Leningradi_Edasi_toimetus, lk 11
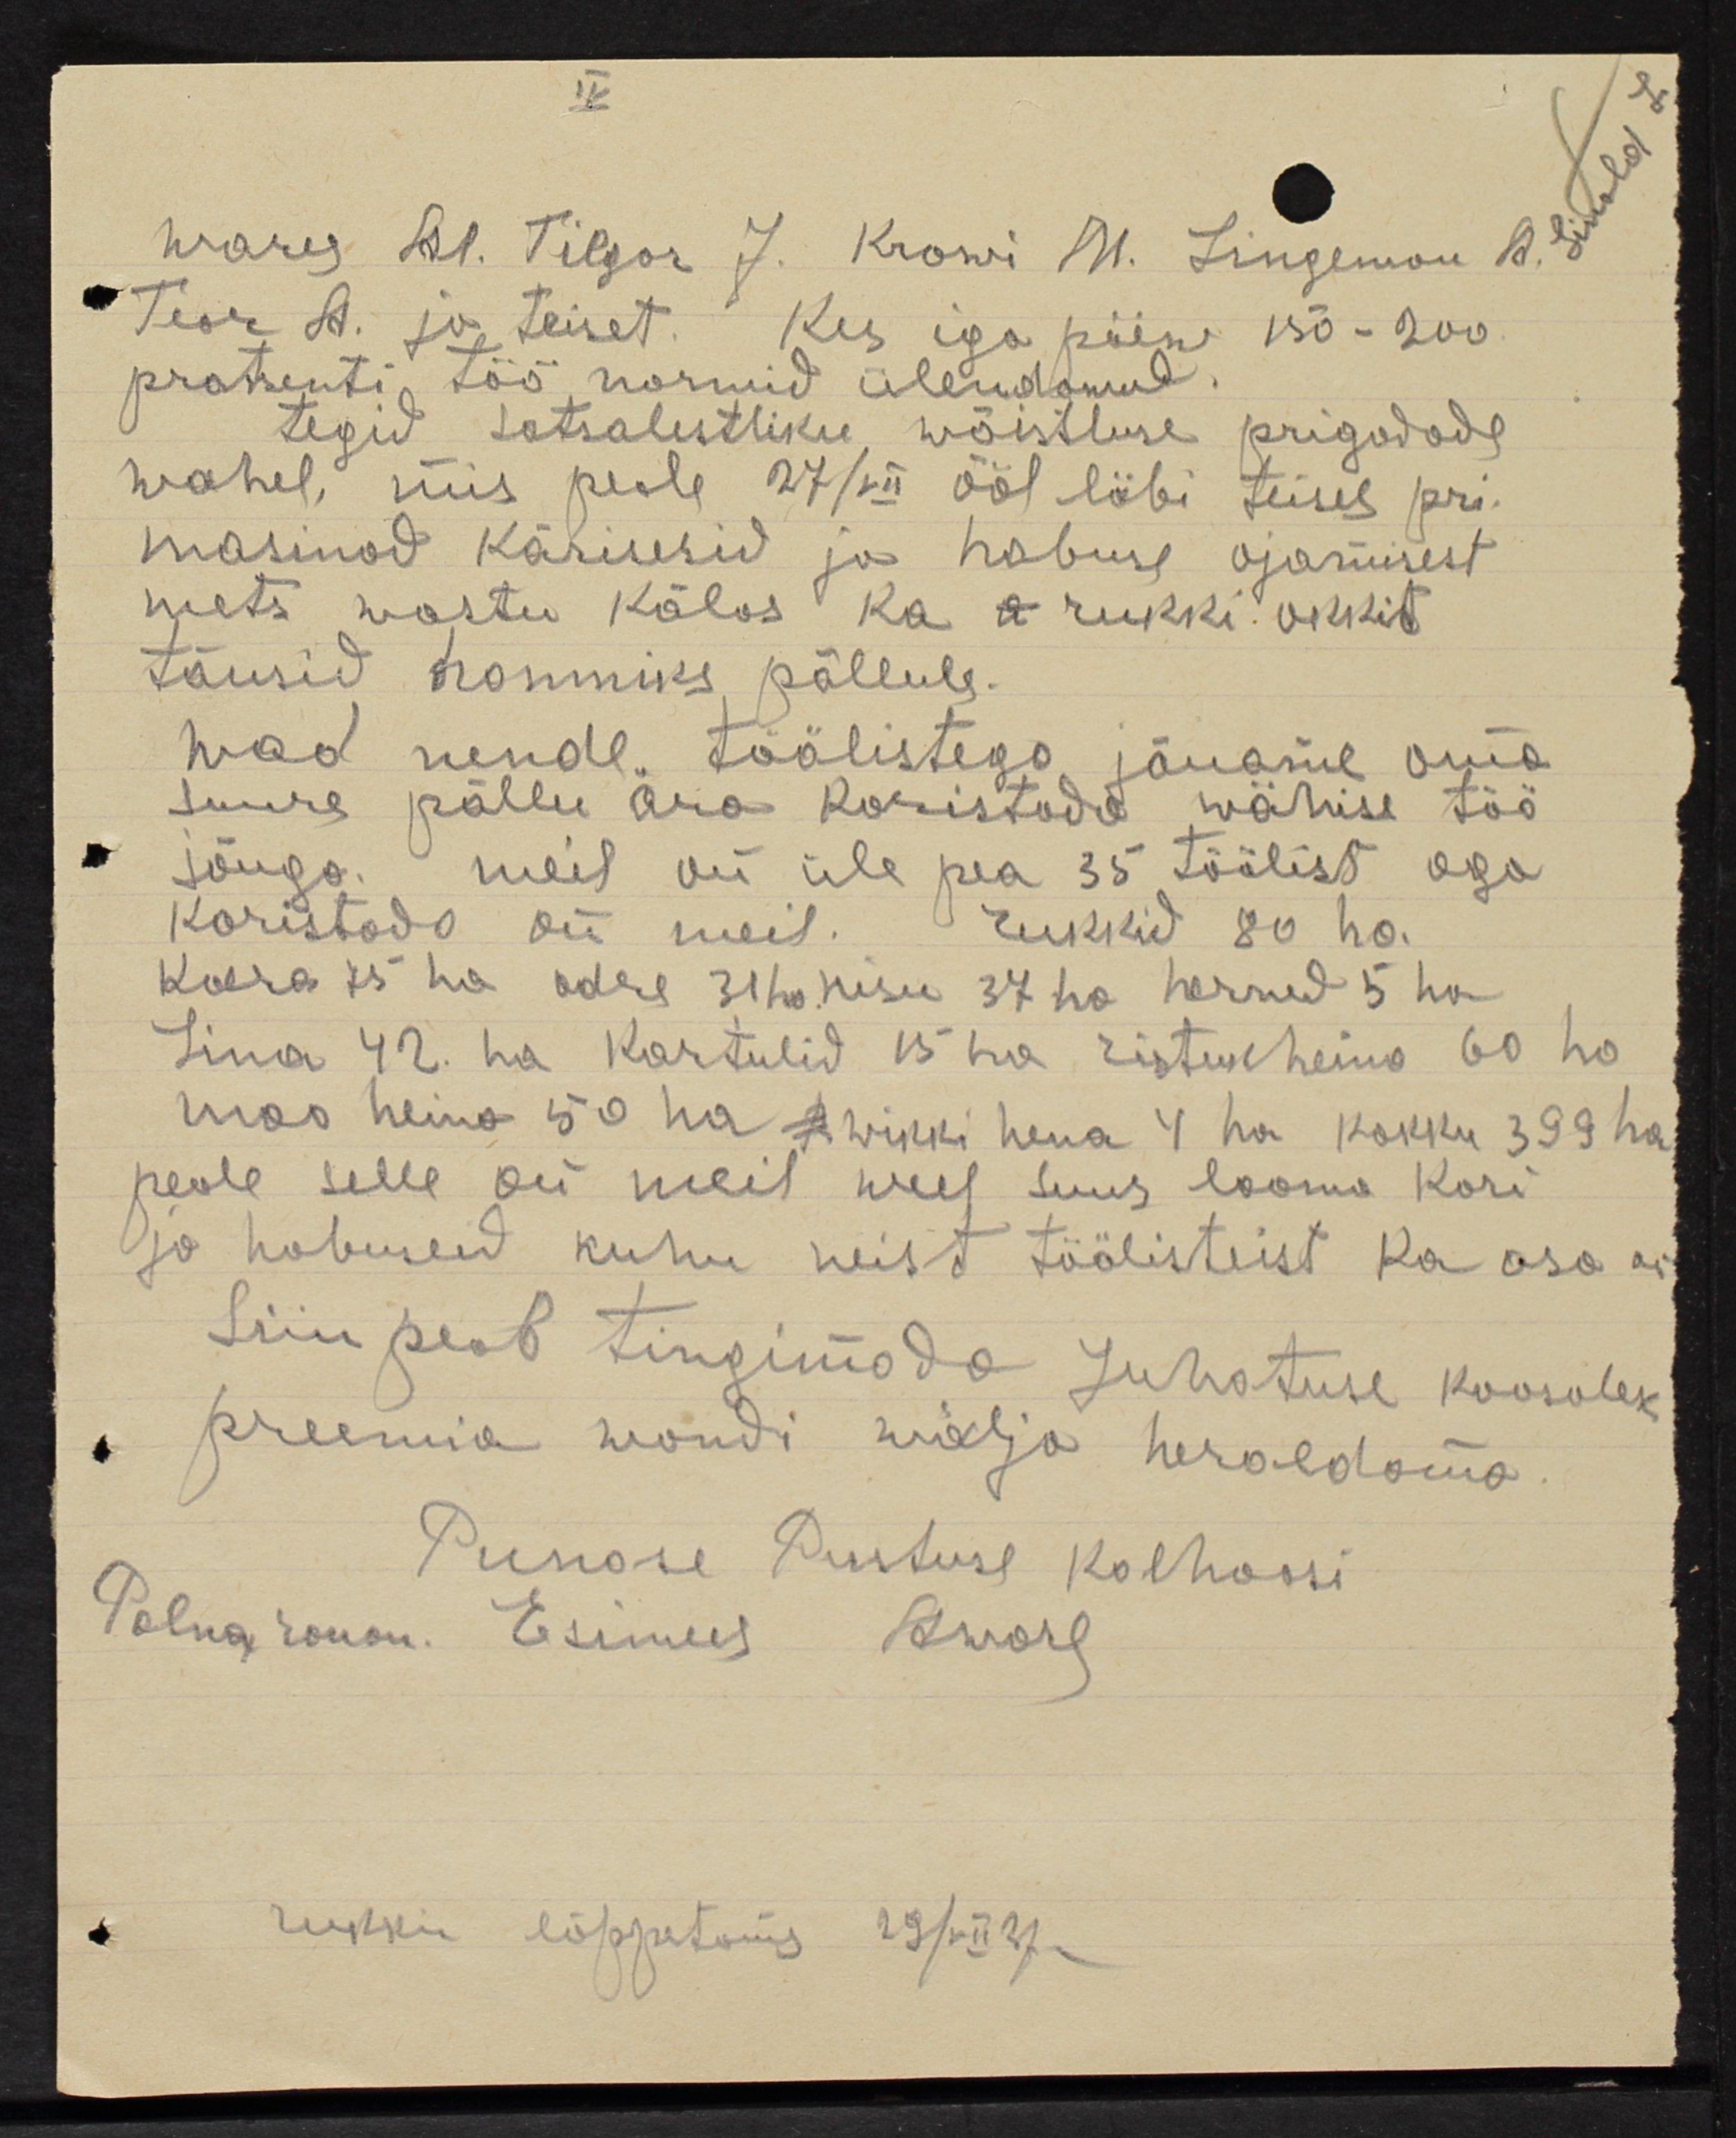
wares Al. Tilgor J. Krowi M. Lingemoi B. P.
Teor A. ja teiset. Kes iga päew 150-200
protsenti töö normid ülendanud.
tegid sotsalistliku wõistluse prigadade
wahel, mis peale 27/XII ööl läbi teises pri-
masinod kärisesid ja hobuse ojamisest
mets wastu kõlas ka a rukki okkit
tõusid hommiks põllule.
wad nende töölistega jõuame oma
Suure põllu ära koristada wähise töö
jõugo meil oli üle pea 35 töölist aga
koristada on meil. rukkid 80 ha
Kaera 75 ha odre 31 ha nisu 37 ha herned 5 ha.
Lina 42. ha kartulid 15 ha ristikheina 60 ha
mas heina 50 ha awikki heina 4 ha. kokku 499 ha.
peale selle oli meil weel suur looma kari
ja hobuseid kuhu neist töölisteist ka osa on
Siin peab tingimada Juhatuse koosolek
preemia wondi wälja heraldama.
Punase Pustuse kolhoosi
Polngronon. Esimees Aworg
rukkis lõppetama 29 7 vii 37.